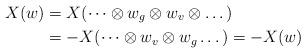
LaTeX: \begin{align*} X(w) &= X(\dots \otimes w_g \otimes w_v \otimes \dots) \\ &= -X(\dots \otimes w_v \otimes w_g \dots) = -X(w)\end{align*}